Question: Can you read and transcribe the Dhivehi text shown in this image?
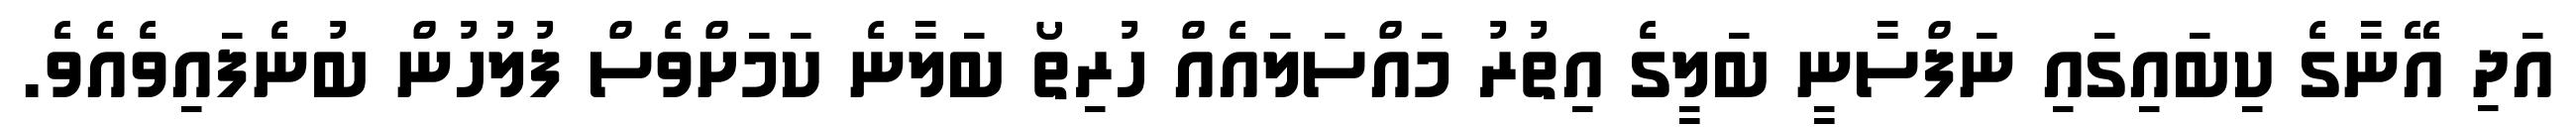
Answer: އަދި އޭނާގެ ކިބައިގައި ނަފްސާނީ ބަލީގެ އިތުރު މައްސަލައެއް ހުރިތޯ ބަލާނެ ކަމަށްވެސް ފުލުހުން ބުނެފައިވެއެވެ.